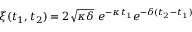
\xi ( t _ { 1 } , t _ { 2 } ) = 2 \sqrt { \kappa \delta } ~ e ^ { - \kappa t _ { 1 } } e ^ { - \delta ( t _ { 2 } - t _ { 1 } ) }